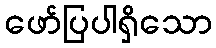
ဖော်ပြပါရှိသော